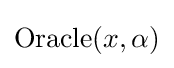
{\text{Oracle}}(x,\alpha )